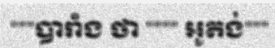
"""បារាំង ថា """" អូតង់"""